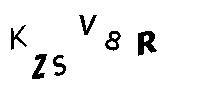
KZSV8R